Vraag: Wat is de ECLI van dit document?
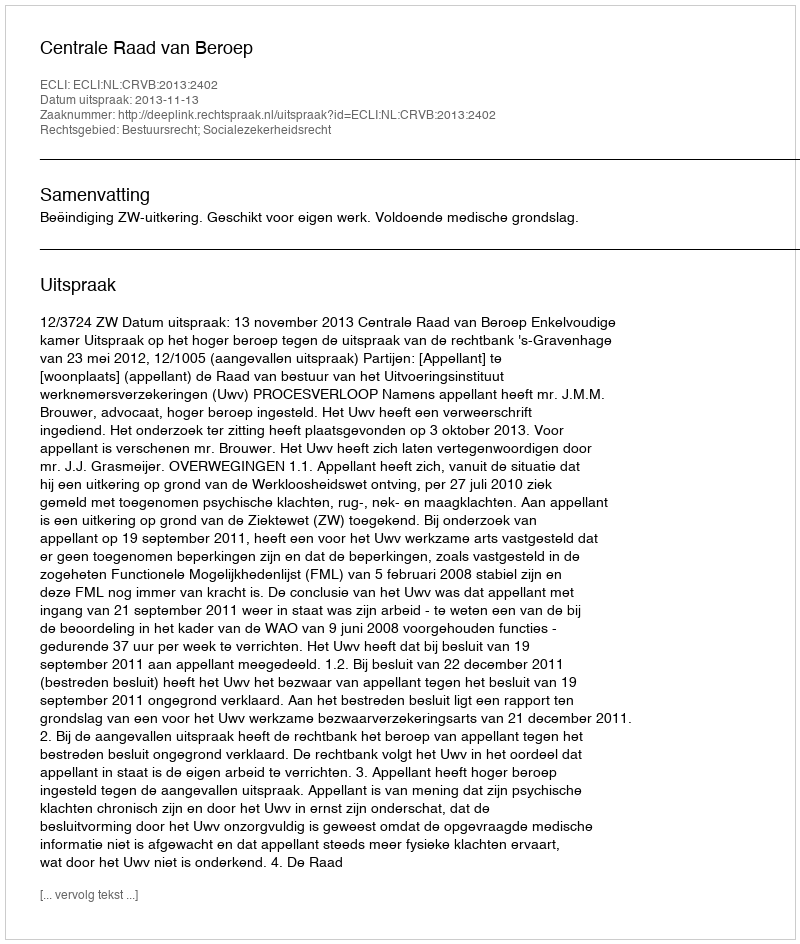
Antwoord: ECLI:NL:CRVB:2013:2402